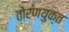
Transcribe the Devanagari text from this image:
तोरणयुक्त